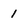
Character: 1